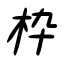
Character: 枠